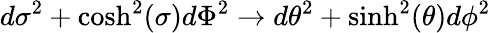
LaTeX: d\sigma^{2}+\cosh^{2}(\sigma)d\Phi^{2}\to d\theta^{2}+\sinh^{2}(\theta)d\phi^{2}